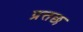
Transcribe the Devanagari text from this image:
प्रत्तछ